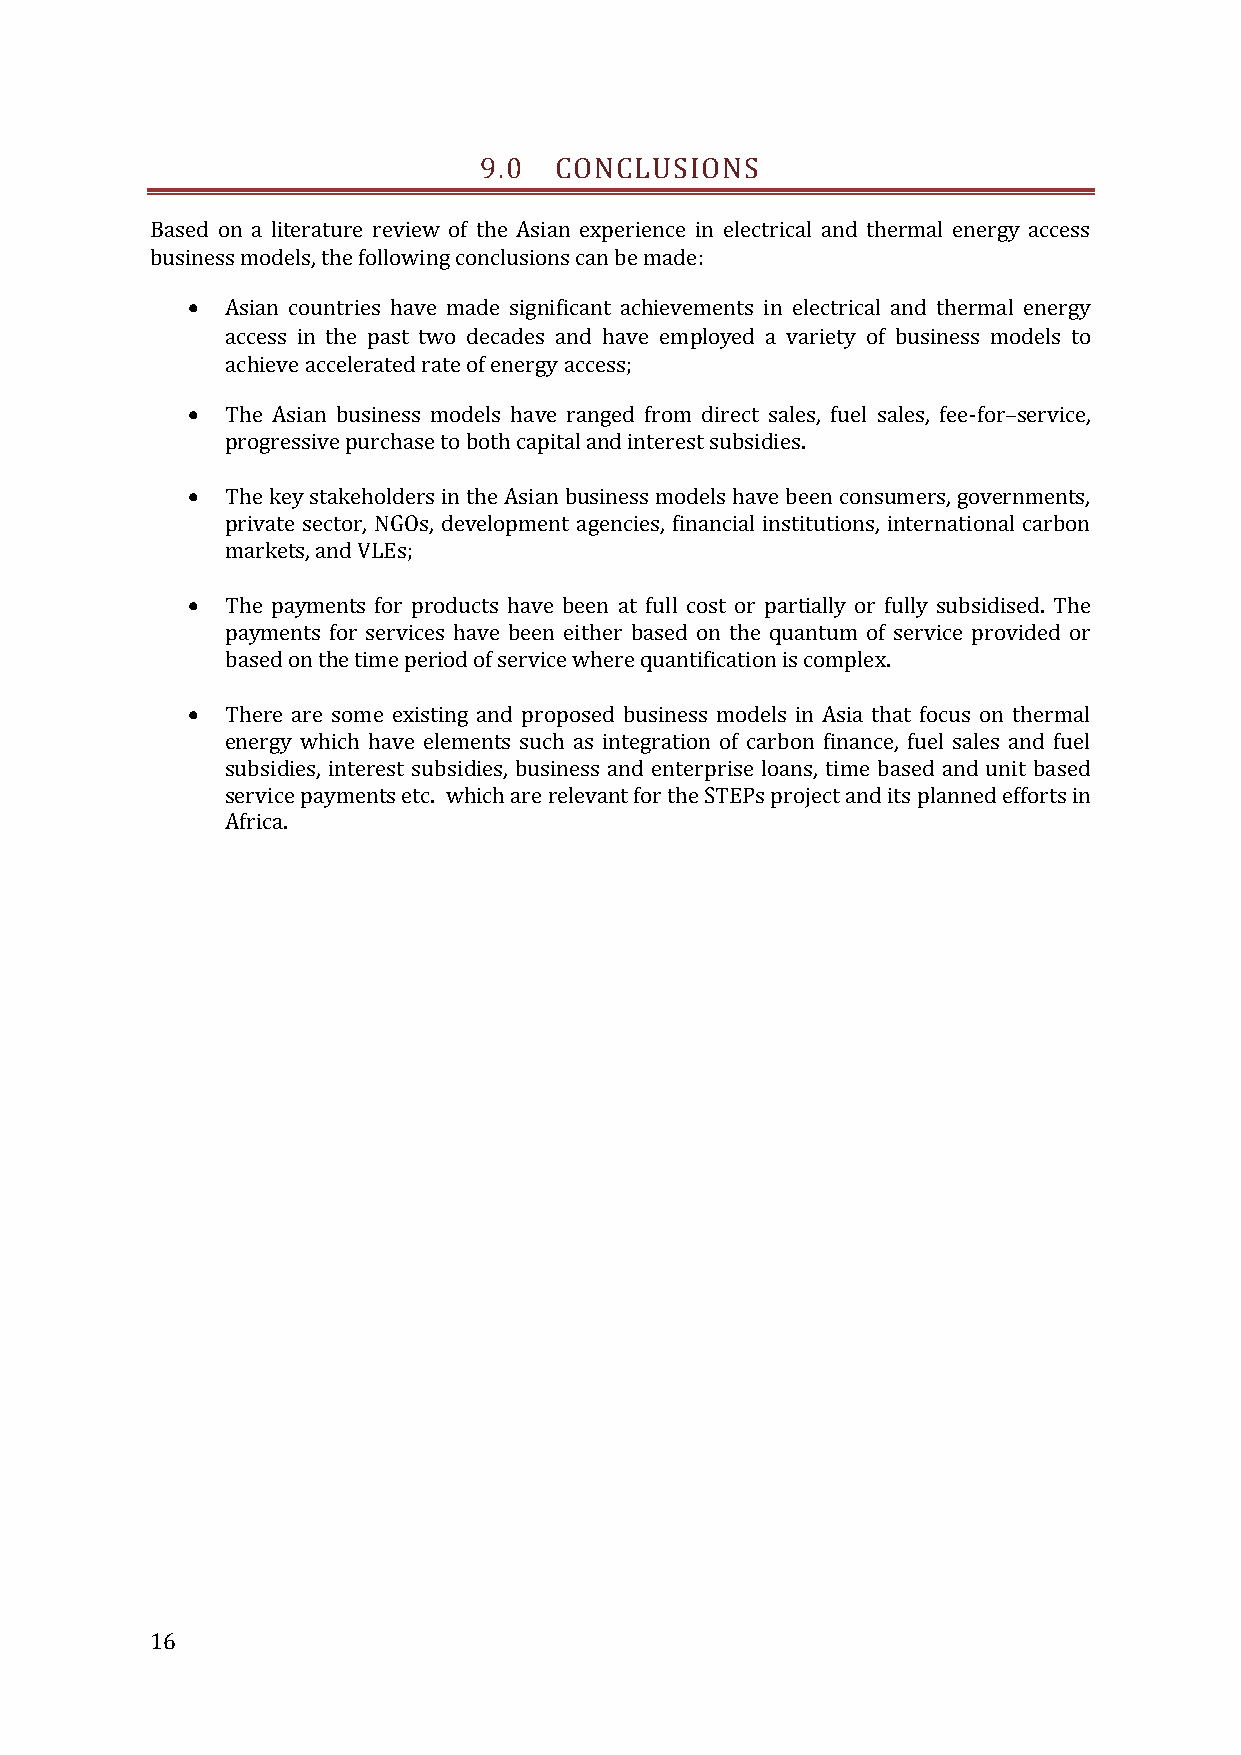
9.0  CONCLUSIONS
 Based on a literature review of the Asian experience in electrical and thermal energy access
 business models, the following conclusions can be made:
   Asian countries have made significant achievements in electrical and thermal energy
 access in the past two decades and have employed a variety of business models to
 achieve accelerated rate of energy access;
   The Asian business models have ranged from direct sales, fuel sales, fee-for service,
 progressive purchase to both capital and interest subsidies.
 –
   The key stakeholders in the Asian business models have been consumers, governments,
 private sector, NGOs, development agencies, financial institutions, international carbon
 markets, and VLEs;
   The payments for products have been at full cost or partially or fully subsidised. The
 payments for services have been either based on the quantum of service provided or
 based on the time period of service where quantification is complex.
   There are some existing and proposed business models in Asia that focus on thermal
 energy which have elements such as integration of carbon finance, fuel sales and fuel
 subsidies, interest subsidies, business and enterprise loans, time based and unit based
 service payments etc. which are relevant for the STEPs project and its planned efforts in
 Africa.
 16